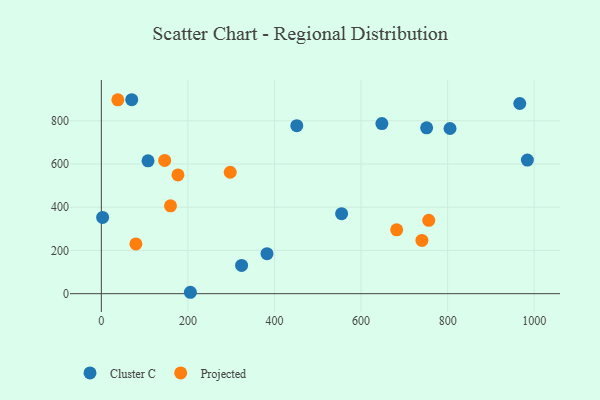
{"axis": {"x": "Engine Size", "y": "Demand"}, "legend": ["Cluster C", "Projected"], "data": [{"x": "205.7", "y": 6.5, "type": "Cluster C"}, {"x": "382.7", "y": 185.0, "type": "Cluster C"}, {"x": "107.9", "y": 614.8, "type": "Cluster C"}, {"x": "3.0", "y": 352.9, "type": "Cluster C"}, {"x": "451.5", "y": 777.2, "type": "Cluster C"}, {"x": "648.1", "y": 786.9, "type": "Cluster C"}, {"x": "984.2", "y": 618.0, "type": "Cluster C"}, {"x": "805.5", "y": 764.2, "type": "Cluster C"}, {"x": "324.0", "y": 130.8, "type": "Cluster C"}, {"x": "751.5", "y": 767.3, "type": "Cluster C"}, {"x": "966.6", "y": 879.8, "type": "Cluster C"}, {"x": "555.1", "y": 370.1, "type": "Cluster C"}, {"x": "70.2", "y": 897.3, "type": "Cluster C"}, {"x": "297.8", "y": 561.7, "type": "Projected"}, {"x": "146.3", "y": 616.7, "type": "Projected"}, {"x": "682.3", "y": 295.2, "type": "Projected"}, {"x": "740.6", "y": 246.4, "type": "Projected"}, {"x": "756.4", "y": 339.5, "type": "Projected"}, {"x": "38.1", "y": 896.7, "type": "Projected"}, {"x": "177.0", "y": 549.5, "type": "Projected"}, {"x": "79.8", "y": 230.1, "type": "Projected"}, {"x": "159.8", "y": 406.3, "type": "Projected"}]}